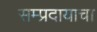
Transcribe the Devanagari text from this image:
सम्प्रदायाचा